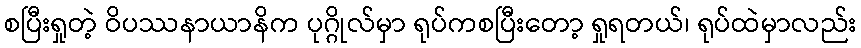
စပြီးရှုတဲ့ ဝိပဿနာယာနိက ပုဂ္ဂိုလ်မှာ ရုပ်ကစပြီးတော့ ရှုရတယ်၊ ရုပ်ထဲမှာလည်း